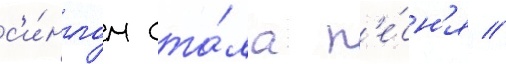
с'и́нглом ста́ла п'е́сн'я //